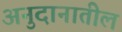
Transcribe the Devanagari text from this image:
अनुदानातील